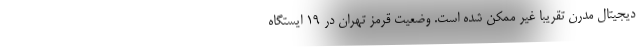
دیجیتال مدرن تقریبا غیر ممکن شده است. وضعیت قرمز تهران در ۱۹ ایستگاه